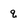
Character: q